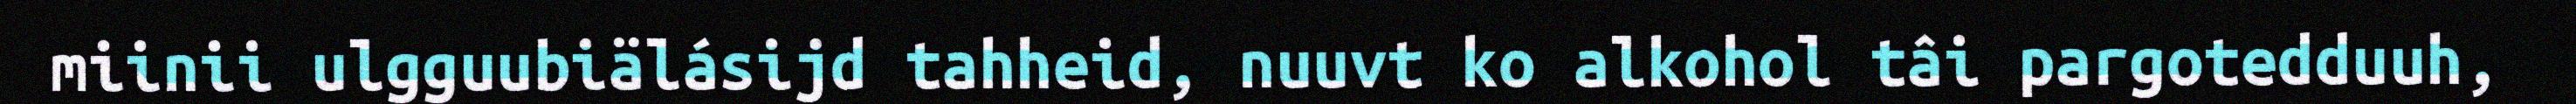
miinii ulgguubiälásijd tahheid, nuuvt ko alkohol tâi pargotedduuh,